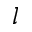
l